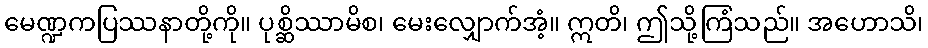
မေဏ္ဍကပြဿနာတို့ကို။ ပုစ္ဆိဿာမိစ၊ မေးလျှောက်အံ့။ ဣတိ၊ ဤသို့ကြံသည်။ အဟောသိ၊